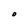
Character: O